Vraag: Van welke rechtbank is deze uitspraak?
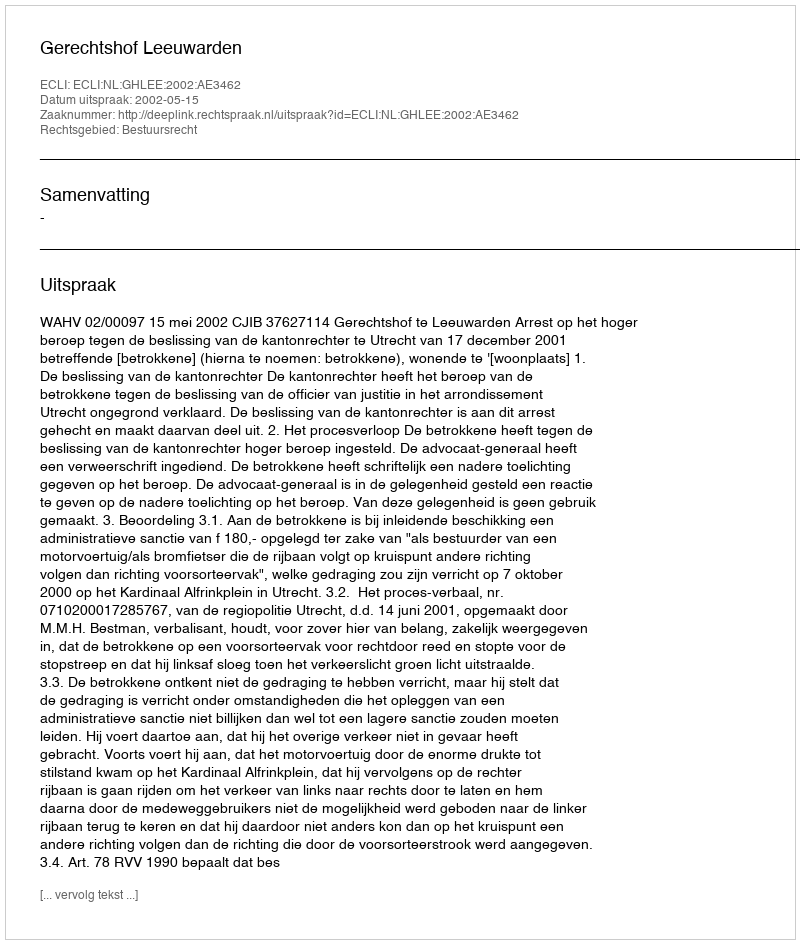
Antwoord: Gerechtshof Leeuwarden